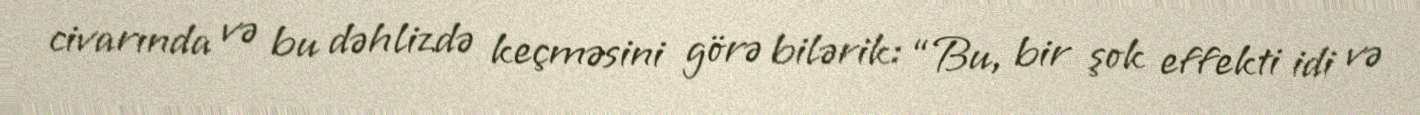
civarında və bu dəhlizdə keçməsini görə bilərik: “Bu, bir şok effekti idi və